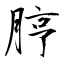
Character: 脝